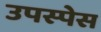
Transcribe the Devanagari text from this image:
उपस्पेस